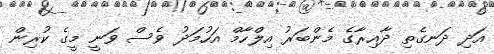
އަދި ދަނގެތި ދާއިރާގެ މެންބަރު އިލްހާމް އަހުމަދު ވެސް ވަނީ މީގެ ކުރިން